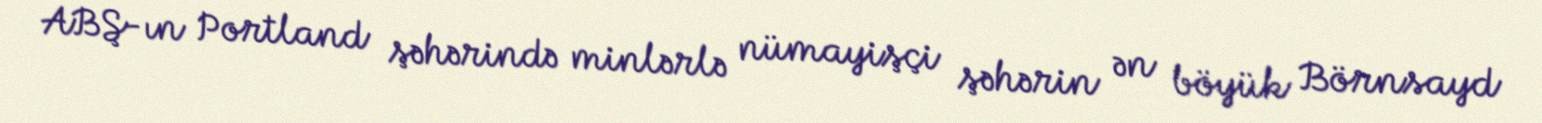
ABŞ-ın Portland şəhərində minlərlə nümayişçi şəhərin ən böyük Börnsayd